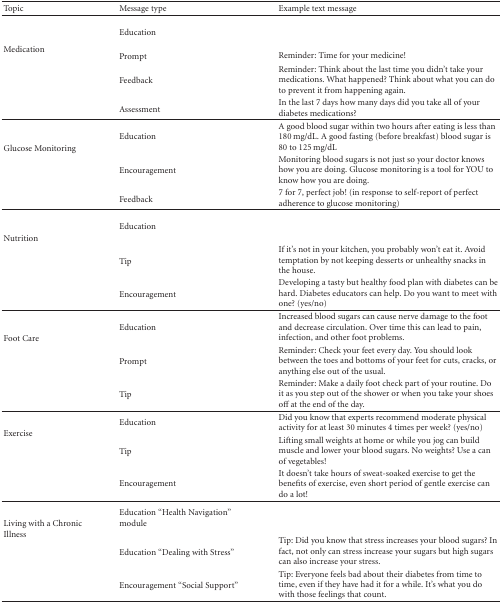
<table><thead><tr><td><b>Topic</b></td><td><b>Message type</b></td><td><b>Example text message</b></td></tr></thead><tbody><tr><td rowspan="4">Medication</td><td>Education</td><td>[EMPTY_CELL]</td></tr><tr><td>Prompt</td><td>Reminder: Time for your medicine!</td></tr><tr><td>Feedback</td><td>Reminder: Think about the last time you didn't take your medications. What happened? Think about what you can do to prevent it from happening again.</td></tr><tr><td>Assessment</td><td>In the last 7 days how many days did you take all of your diabetes medications?</td></tr><tr><td rowspan="3">Glucose Monitoring</td><td>Education</td><td>A good blood sugar within two hours after eating is less than 180 mg/dL. A good fasting (before breakfast) blood sugar is 80 to 125 mg/dL</td></tr><tr><td>Encouragement</td><td>Monitoring blood sugars is not just so your doctor knows how you are doing. Glucose monitoring is a tool for YOU to know how you are doing. </td></tr><tr><td>Feedback </td><td>7 for 7, perfect job! (in response to self-report of perfect adherence to glucose monitoring)</td></tr><tr><td rowspan="3">Nutrition</td><td>Education</td><td>[EMPTY_CELL]</td></tr><tr><td>Tip</td><td>If it's not in your kitchen, you probably won't eat it. Avoid temptation by not keeping desserts or unhealthy snacks in the house. </td></tr><tr><td>Encouragement</td><td>Developing a tasty but healthy food plan with diabetes can be hard. Diabetes educators can help. Do you want to meet with one? (yes/no) </td></tr><tr><td rowspan="3">Foot Care</td><td>Education</td><td>Increased blood sugars can cause nerve damage to the foot and decrease circulation. Over time this can lead to pain, infection, and other foot problems. </td></tr><tr><td>Prompt</td><td>Reminder: Check your feet every day. You should look between the toes and bottoms of your feet for cuts, cracks, or anything else out of the usual. </td></tr><tr><td>Tip</td><td>Reminder: Make a daily foot check part of your routine. Do it as you step out of the shower or when you take your shoes off at the end of the day. </td></tr><tr><td rowspan="3">Exercise</td><td>Education</td><td>Did you know that experts recommend moderate physical activity for at least 30 minutes 4 times per week? (yes/no) </td></tr><tr><td>Tip</td><td>Lifting small weights at home or while you jog can build muscle and lower your blood sugars. No weights? Use a can of vegetables!</td></tr><tr><td>Encouragement</td><td>It doesn't take hours of sweat-soaked exercise to get the benefits of exercise, even short period of gentle exercise can do a lot! </td></tr><tr><td rowspan="3">Living with a Chronic Illness</td><td>Education “Health Navigation” module</td><td>[EMPTY_CELL]</td></tr><tr><td>Education “Dealing with Stress”</td><td>Tip: Did you know that stress increases your blood sugars? In fact, not only can stress increase your sugars but high sugars can also increase your stress. </td></tr><tr><td>Encouragement “Social Support”</td><td>Tip: Everyone feels bad about their diabetes from time to time, even if they have had it for a while. It's what you do with those feelings that count.</td></tr></tbody></table>